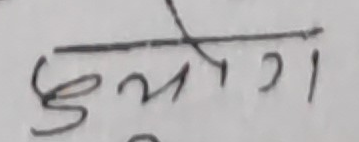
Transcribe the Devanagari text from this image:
दुर्भ्यग